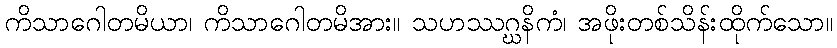
ကိသာဂေါတမိယာ၊ ကိသာဂေါတမိအား။ သဟဿဂ္ဃနိကံ၊ အဖိုးတစ်သိန်းထိုက်သော။